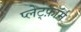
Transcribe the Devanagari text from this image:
प्लेट्फ़ॉर्म